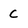
Character: c